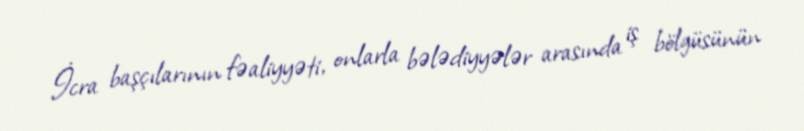
İcra başçılarının fəaliyyəti, onlarla bələdiyyələr arasında iş bölgüsünün